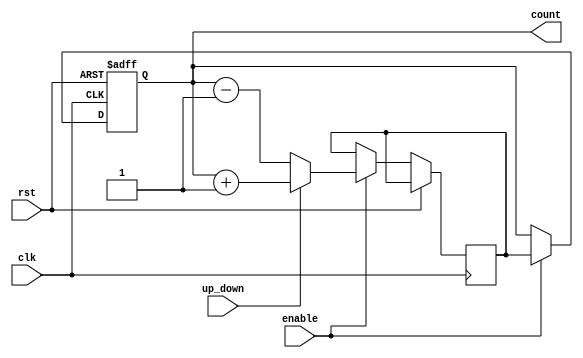
module UpDownCounter (
    input wire clk,
    input wire rst,
    input wire enable,
    input wire up_down,
    output reg [7:0] count
);

reg [7:0] next_count;

always @(posedge clk or posedge rst) begin
    if (rst) begin
        count <= 8'b00000000;
    end else if (enable) begin
        if (up_down) begin
            next_count <= count + 1;
        end else begin
            next_count <= count - 1;
        end
        count <= next_count;
    end
end

endmodule